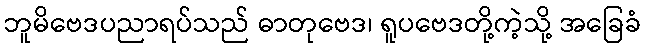
ဘူမိဗေဒပညာရပ်သည် ဓာတုဗေဒ၊ ရူပဗေဒတို့ကဲ့သို့ အခြေခံ